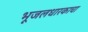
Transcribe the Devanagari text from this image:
भूजलधारकाचा